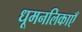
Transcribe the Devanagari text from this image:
धूमनलिकाएँ